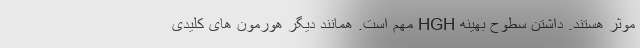
موثر هستند. داشتن سطوح بهینه HGH مهم است. همانند دیگر هورمون های کلیدی